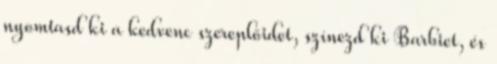
nyomtasd ki a kedvenc szereplőidet, színezd ki Barbiet, és